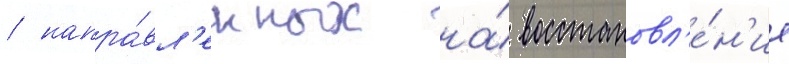
/ напра́вл'енных на́ восстановл'е́н'ие